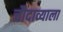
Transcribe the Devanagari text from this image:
चौदाव्याला